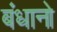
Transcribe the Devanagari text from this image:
बंधानो